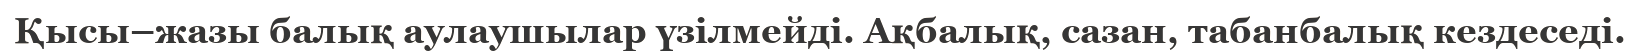
Қысы–жазы балық аулаушылар үзілмейді. Ақбалық, сазан, табанбалық кездеседі.